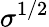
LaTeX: \sigma^{1/2}